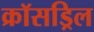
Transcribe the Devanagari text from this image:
क्रॉसड्रिल